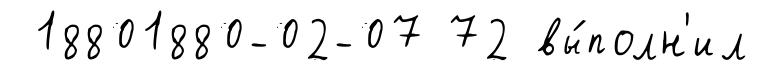
18801880-02-07 72 вы́полн'ил